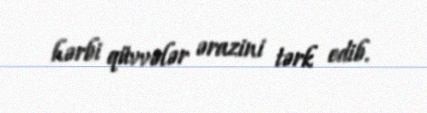
hərbi qüvvələr ərazini tərk edib.